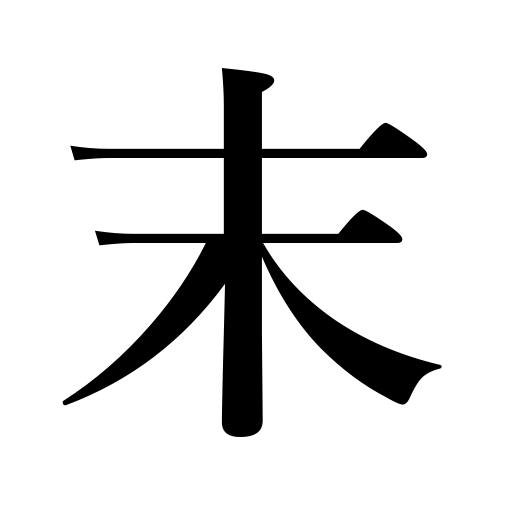
Meanings: end,close,the future,youngest child,tip,posterity,top,powder